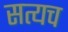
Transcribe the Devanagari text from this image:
सत्यच